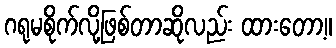
ဂရုမစိုက်လို့ဖြစ်တာဆိုလည်း ထားတော့။